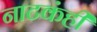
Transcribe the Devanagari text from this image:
नाटकंही